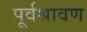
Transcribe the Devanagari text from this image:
पूर्वश्रावण